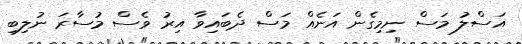
އަސްލު މަސް ނިމިގެން އަނެއް މަސް ދެބައިވާ އިރު ވެސް މުސާރަ ނުލިބި